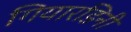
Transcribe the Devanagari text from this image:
गियारडिनी